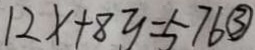
1 2 x + 8 y = 5 7 6 \textcircled { 3 }